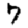
Digit: 7